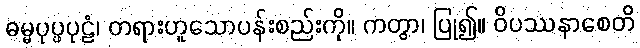
ဓမ္မပုပ္ဖပုဠံ၊ တရားဟူသောပန်းစည်းကို။ ကတွာ၊ ပြု၍။ ဝိပဿနာစေတိ